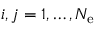
i , j = 1 , \ldots , N _ { \mathrm { e } }